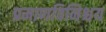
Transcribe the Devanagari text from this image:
प्रमाणविनिश्चय